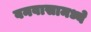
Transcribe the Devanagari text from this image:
वनवासामध्ये